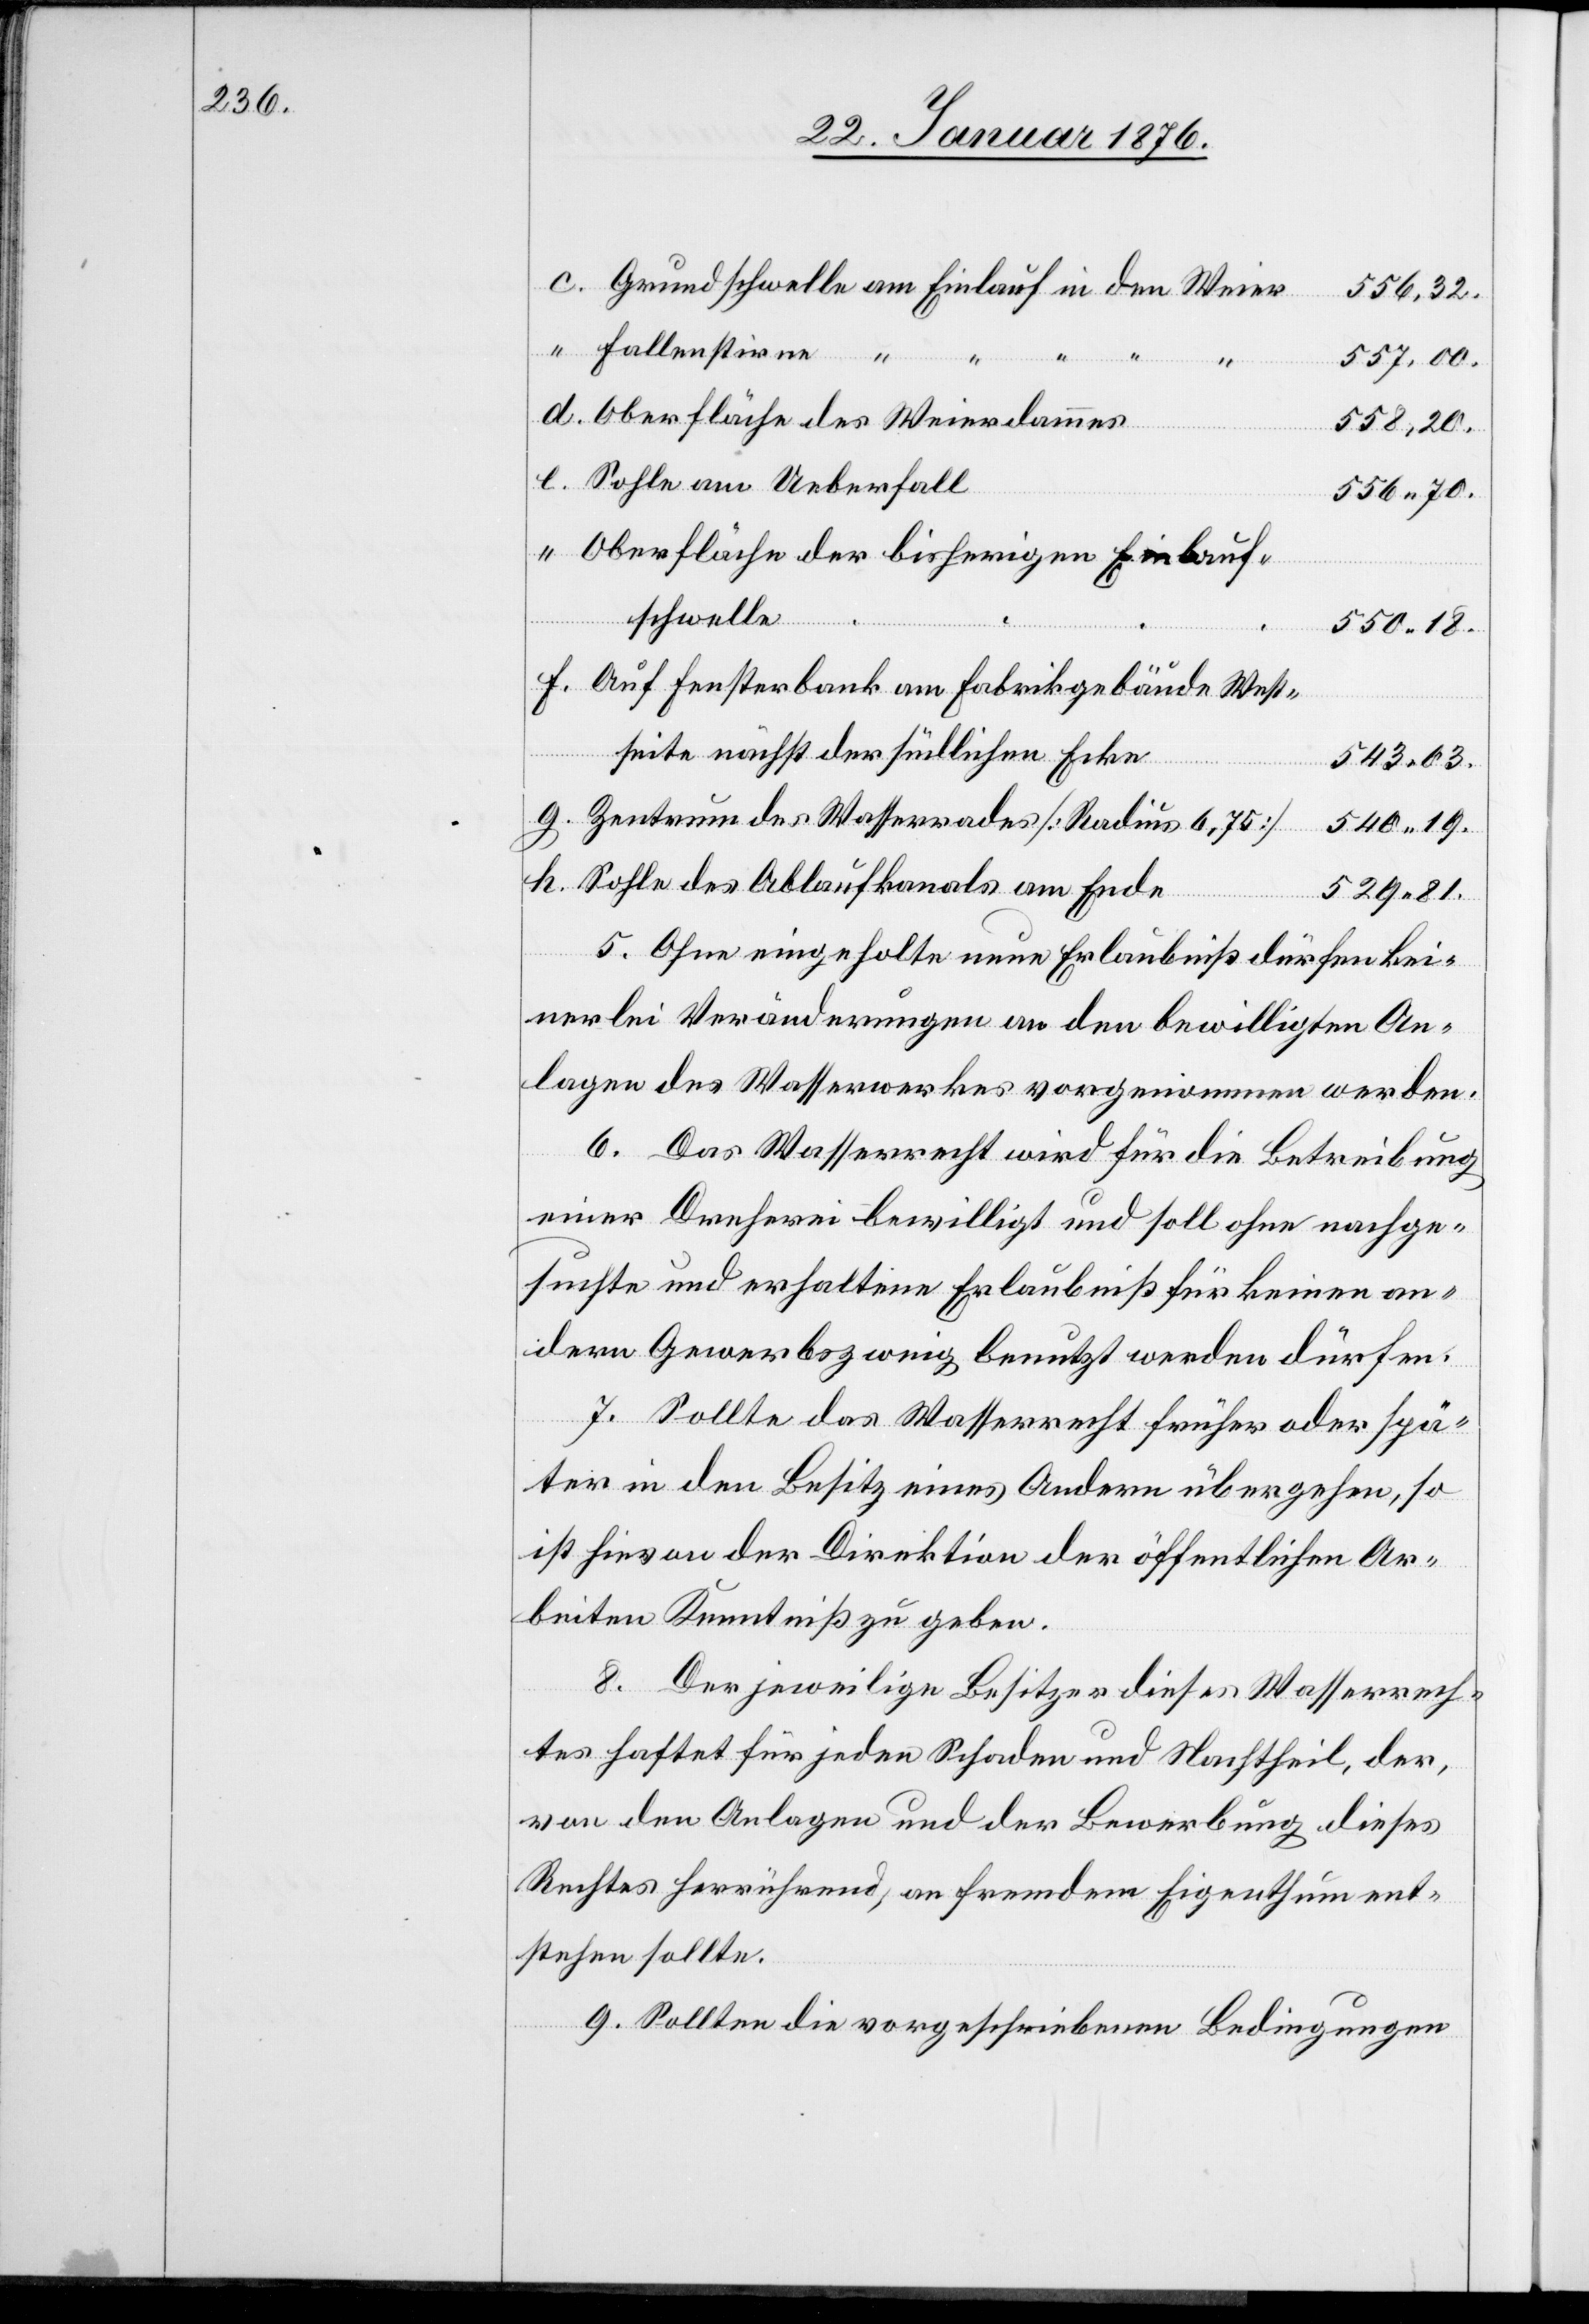
Grundschwelle am Einlauf in den Weier
556,32.
Fallenstirne “
557,00.
d.
Oberfläche des Weierdammes
558,20.
Sohle am Ueberfall
556.70.
Oberfläche der bisherigen Einbru[?c¬
“
h]schwelle
550.18.
Auf Fensterbank am Fabrikgebäude West¬
c.
seite nächst der südlichen Ecke
e.
543.03.
Zentrum des Wasserrades [Radium 6,75]
540.19.
Sohle des Ablaufkanals am Ende
529.81.
5. Ohne eingeholte neue Erlaubniß dürfen kei¬
nerlei Veränderungen an den bewilligten An¬
lagen des Wasserwerkes vorgenommen werden.
6. Das Wasserrecht wird für die Betreibung
einer Dreherei bewilligt und soll ohne nachge¬
suchte und erhaltene Erlaubniß für keinen an¬
dern Gewerbszweig benutzt werden dürfen.
7. Sollte das Wasserrecht früher oder spä¬
ter in den Besitz eines Andern übergehen, so
ist hievon der Direktion der öffentlichen Ar¬
beiten Kenntniß zu geben.
8. Der jeweilige Besitzer dieses Wasserrech¬
tes haftet für jeden Schaden und Nachtheil, der,
von den Anlagen und der Bewerbung dieses
Rechtes herrührend, an fremdem Eigenthum ent¬
stehen sollte.
9. Sollten die vorgeschriebenen Bedingungen